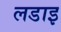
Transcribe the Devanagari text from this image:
लडाइ